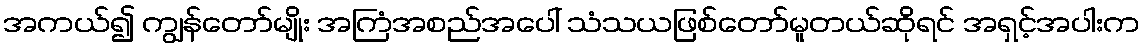
အကယ်၍ ကျွန်တော်မျိုး အကြံအစည်အပေါ် သံသယဖြစ်တော်မူတယ်ဆိုရင် အရှင့်အပါးက